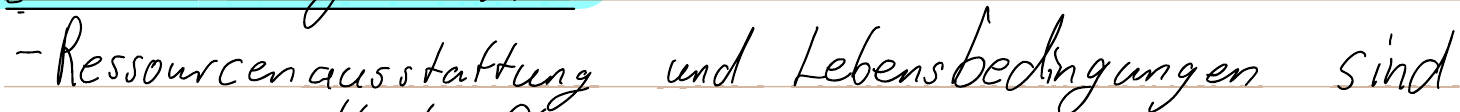
- Ressourcenausstattung und Lebensbedingungen sind